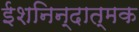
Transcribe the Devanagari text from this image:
ईशनिन्दात्मक